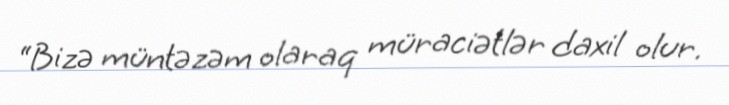
“Bizə müntəzəm olaraq müraciətlər daxil olur.